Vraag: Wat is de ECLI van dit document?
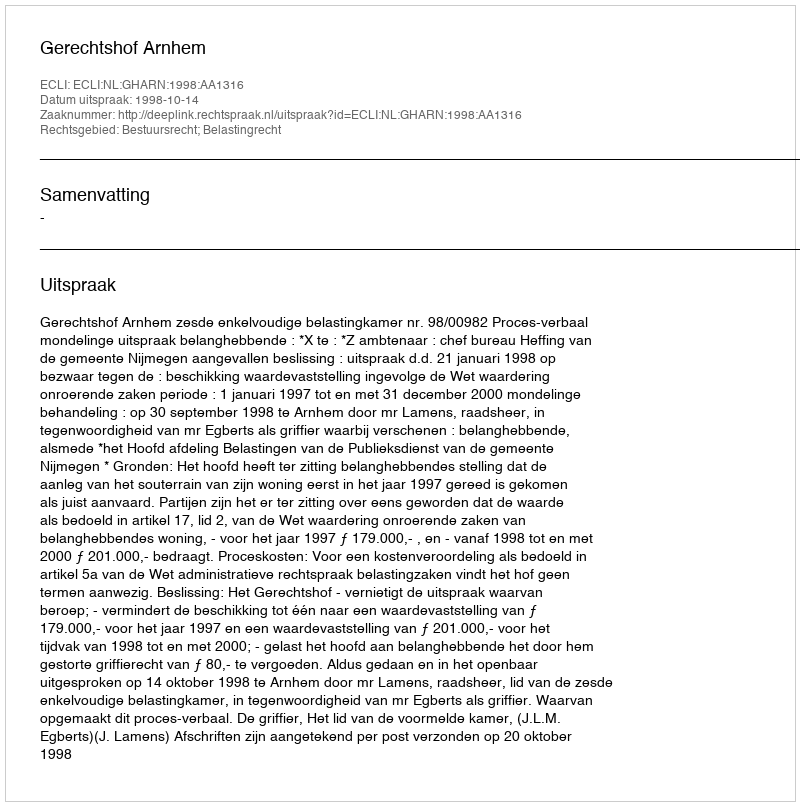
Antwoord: ECLI:NL:GHARN:1998:AA1316